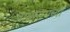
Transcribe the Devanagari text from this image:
आसारामच्या